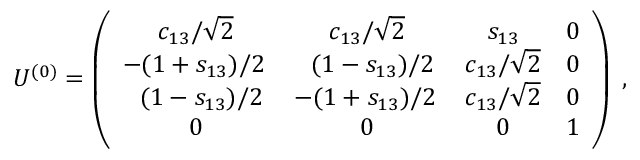
U ^ { ( 0 ) } = \left( \begin{array} { c c c c } { { c _ { 1 3 } / \sqrt { 2 } } } & { { c _ { 1 3 } / \sqrt { 2 } } } & { { s _ { 1 3 } } } & { { 0 } } \\ { { - ( 1 + s _ { 1 3 } ) / { 2 } \, } } & { { \; \, ( 1 - s _ { 1 3 } ) / 2 } } & { { c _ { 1 3 } / \sqrt { 2 } } } & { { 0 } } \\ { { \; \, ( 1 - s _ { 1 3 } ) / 2 } } & { { - ( 1 + s _ { 1 3 } ) / 2 \, } } & { { c _ { 1 3 } / \sqrt { 2 } } } & { { 0 } } \\ { { 0 } } & { { 0 } } & { { 0 } } & { { 1 } } \end{array} \right) \; ,